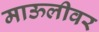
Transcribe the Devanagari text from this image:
माऊलीवर